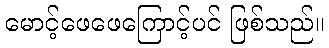
မောင့်ဖေဖေကြောင့်ပင် ဖြစ်သည်။